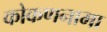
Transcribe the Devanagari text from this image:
कोकणनामा